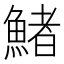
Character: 鯺